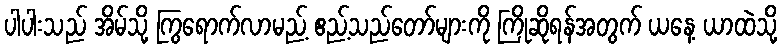
ပါပါးသည် အိမ်သို့ ကြွရောက်လာမည့် ဧည့်သည်တော်များကို ကြိုဆိုရန်အတွက် ယနေ့ ယာထဲသို့